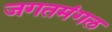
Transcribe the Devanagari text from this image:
जगतमंगल